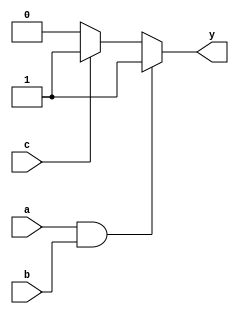
module combinational_logic (
    input wire a,
    input wire b,
    input wire c,
    output reg y
);

// Sensitivity list includes inputs that trigger the always block
always @ (a or b or c) begin
    // Variable assignment using continuous assignment
    if (a & b) begin
        y = 1; // If both a and b are high, set y to high
    end else if (c) begin
        y = 1; // If c is high, set y to high
    end else begin
        y = 0; // Otherwise, set y to low
    end
end

endmodule